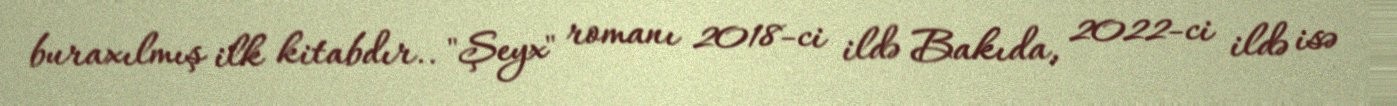
buraxılmış ilk kitabdır.. "Şeyx" romanı 2018-ci ildə Bakıda, 2022-ci ildə isə